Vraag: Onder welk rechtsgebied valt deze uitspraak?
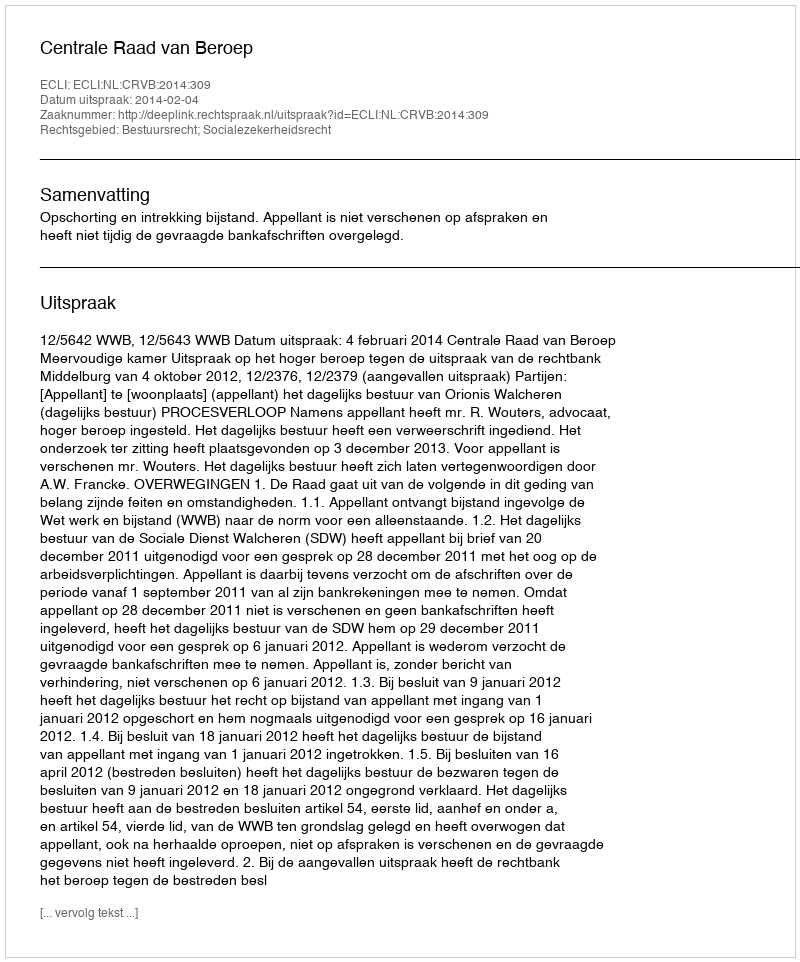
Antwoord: Bestuursrecht; Socialezekerheidsrecht